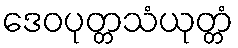
ဒေဝပုတ္တသံယုတ္တံ